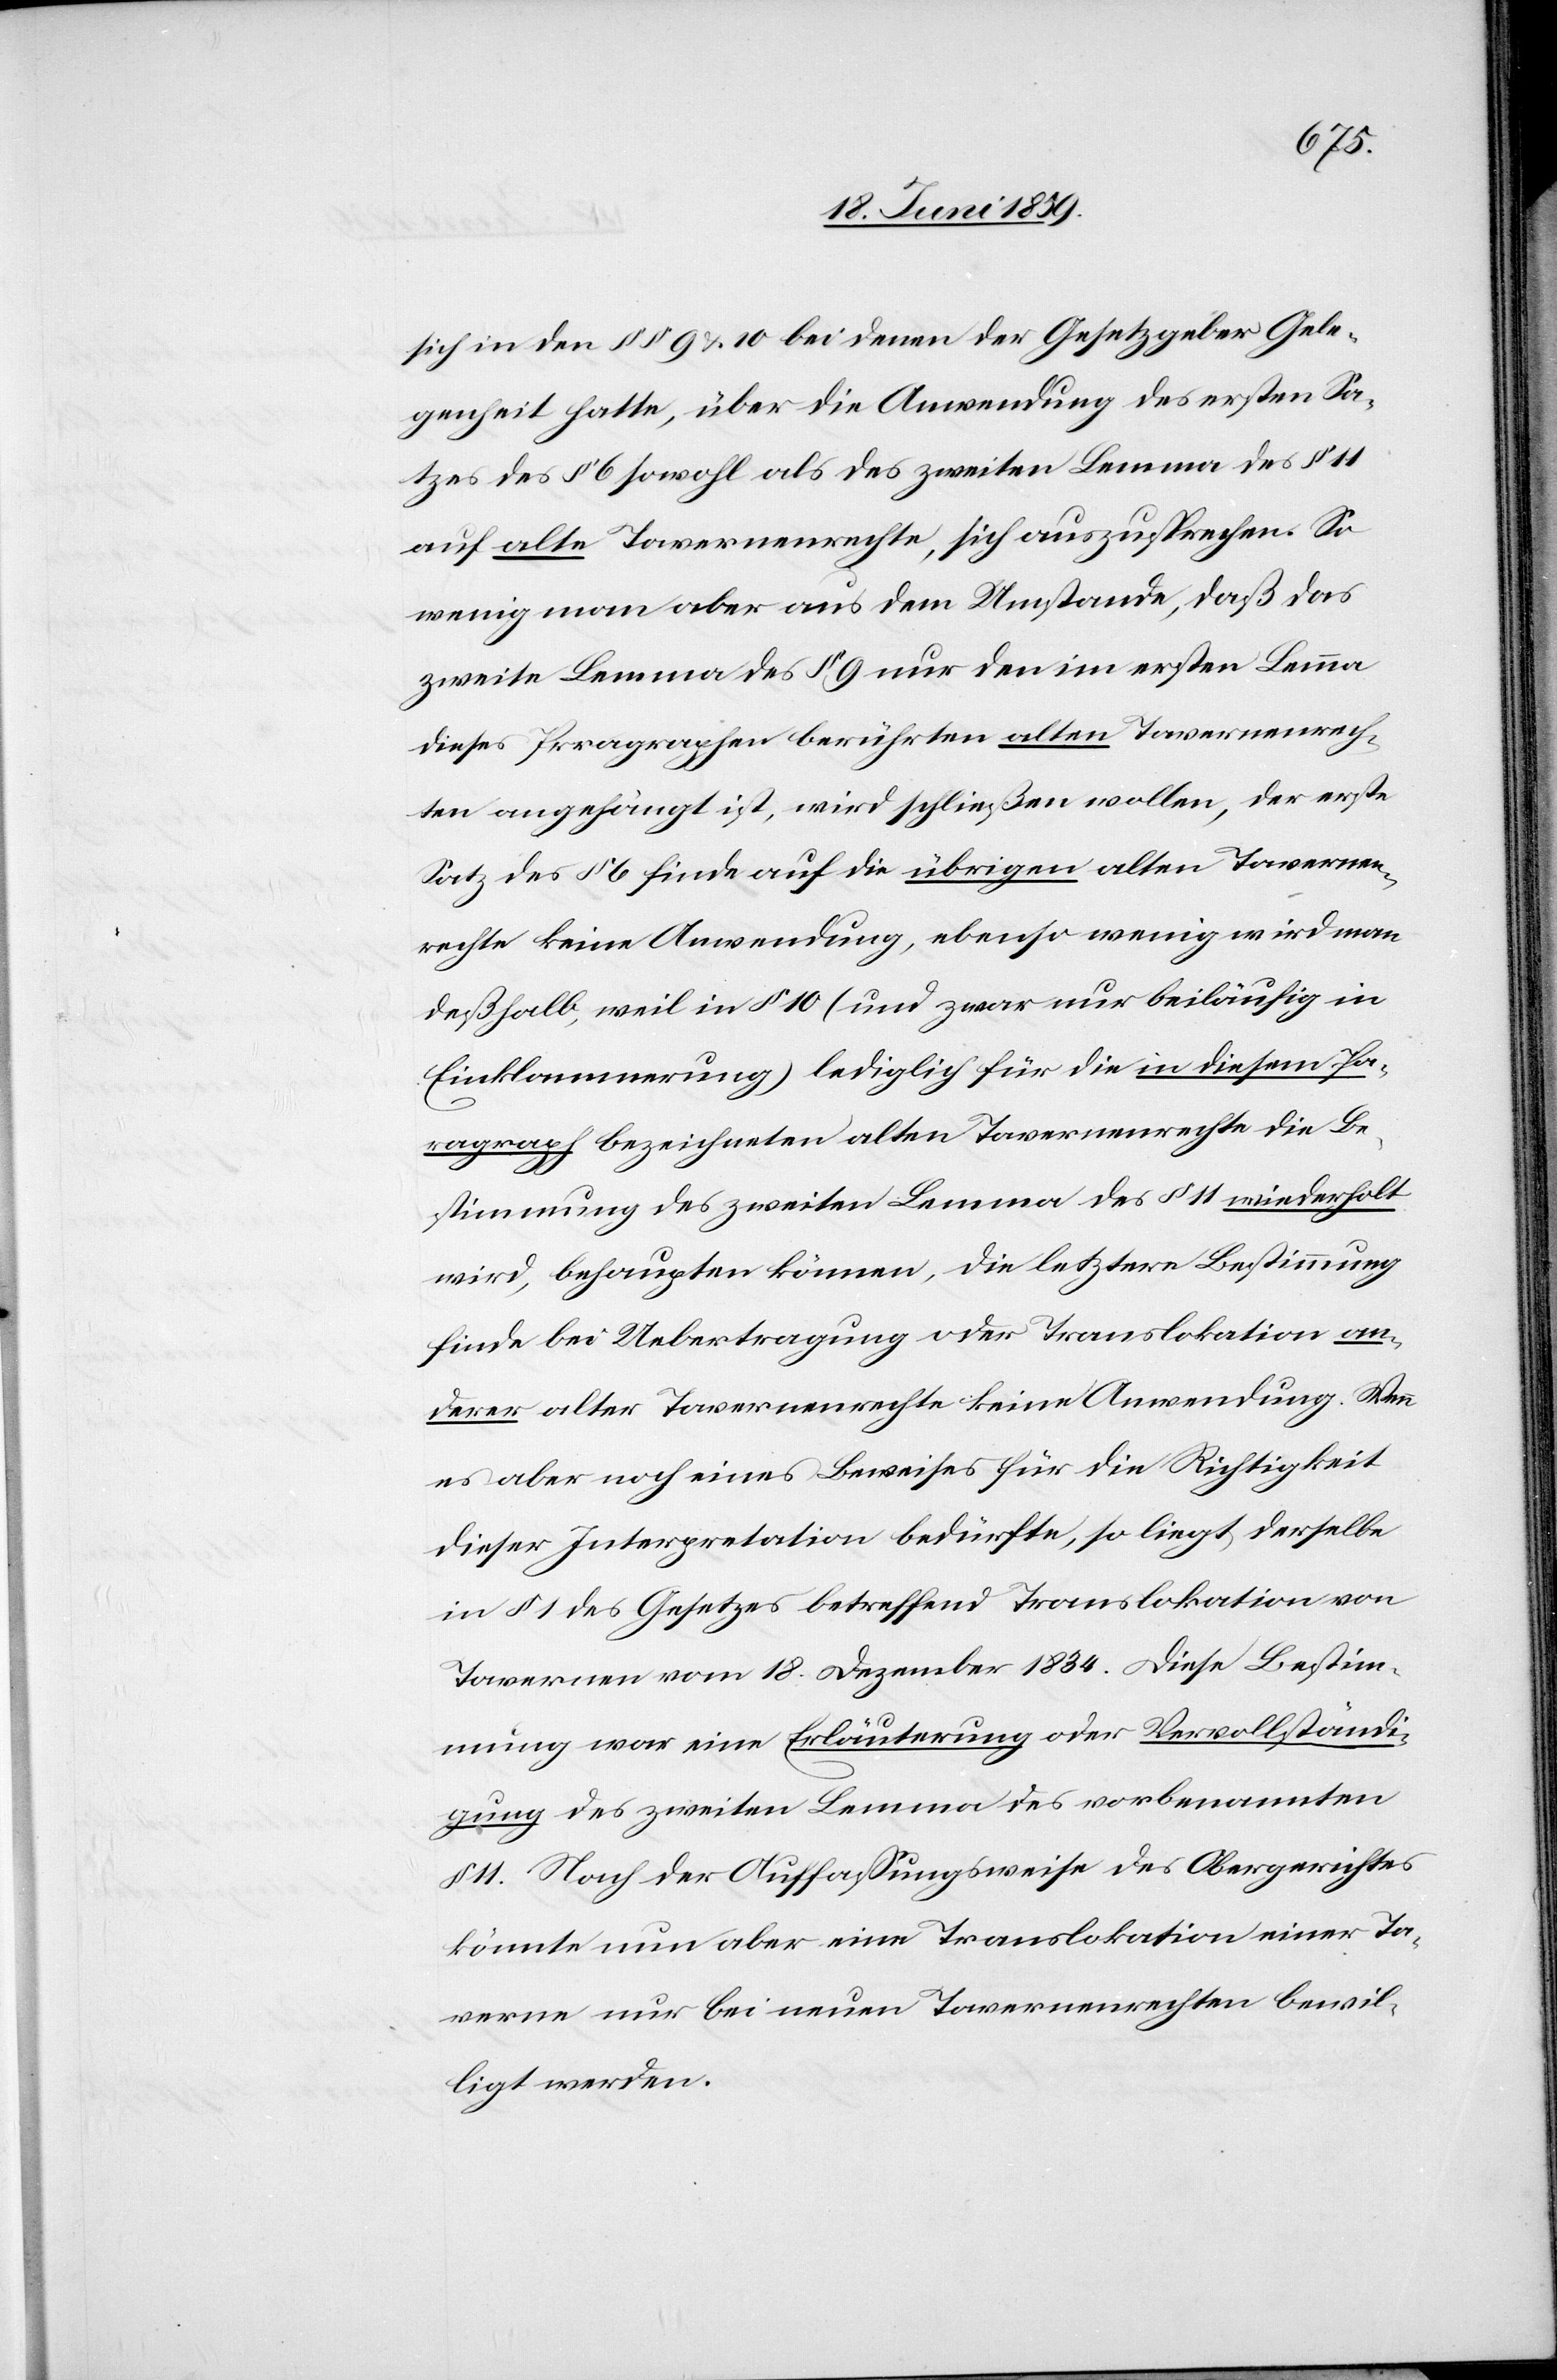
sich in den §§ 9 u. 10 bei denen der Gesetzgeber Gele¬
genheit hatte, über die Anwendung des ersten Sa¬
tzes des § 6 sowohl als des zweiten Lemma des § 11
auf alte Tavernenrechte, sich auszusprechen. So
wenig man aber aus dem Umstande, daß das
zweite Lemma des § 9 nur den im ersten Lemma
dieses Prragraphen [sic!] berührten alten Tavernenrech¬
ten angehängt ist, wird schließen wollen, der erste
Satz des § 6 finde auf die übrigen alten Tavernen¬
rechte keine Anwendung, ebenso wenig wird man
deßhalb, weil in § 10 (und zwar nur beiläufig in
Einklammerung) lediglich für die in diesem Pa¬
ragraph bezeichneten alten Tavernenrecht die Be¬
stimmung des zweiten Lemma des § 11 wiederholt
wird, behaupten können, die letztere Bestimmung
finde bei Uebertragung oder Translokation an¬
derer alter Tavernenrechte keine Anwendung. Wenn
es aber noch eines Beweises für die Richtigkeit
dieser Interpretation bedürfte, so liegt derselbe
in § 1 des Gesetzes betreffend Translokation von
Tavernen vom 18. Dezember 1834. Diese Bestim¬
mung war eine Erläuterung oder Vervollständi¬
gung des zweiten Lemma des vorbenannten
11. Nach der Auffassungsweise des Obergerichtes
könnte nun aber eine Translokation einer Ta¬
verne nur bei neuen Tavernenrechten bewil¬
ligt werden.